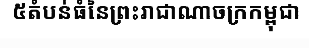
៥តំបន់ធំនៃព្រះរាជាណាចក្រកម្ពុជា